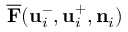
\overline { { \mathbf { F } } } ( \mathbf { u } _ { i } ^ { - } , \mathbf { u } _ { i } ^ { + } , \mathbf { n } _ { i } )